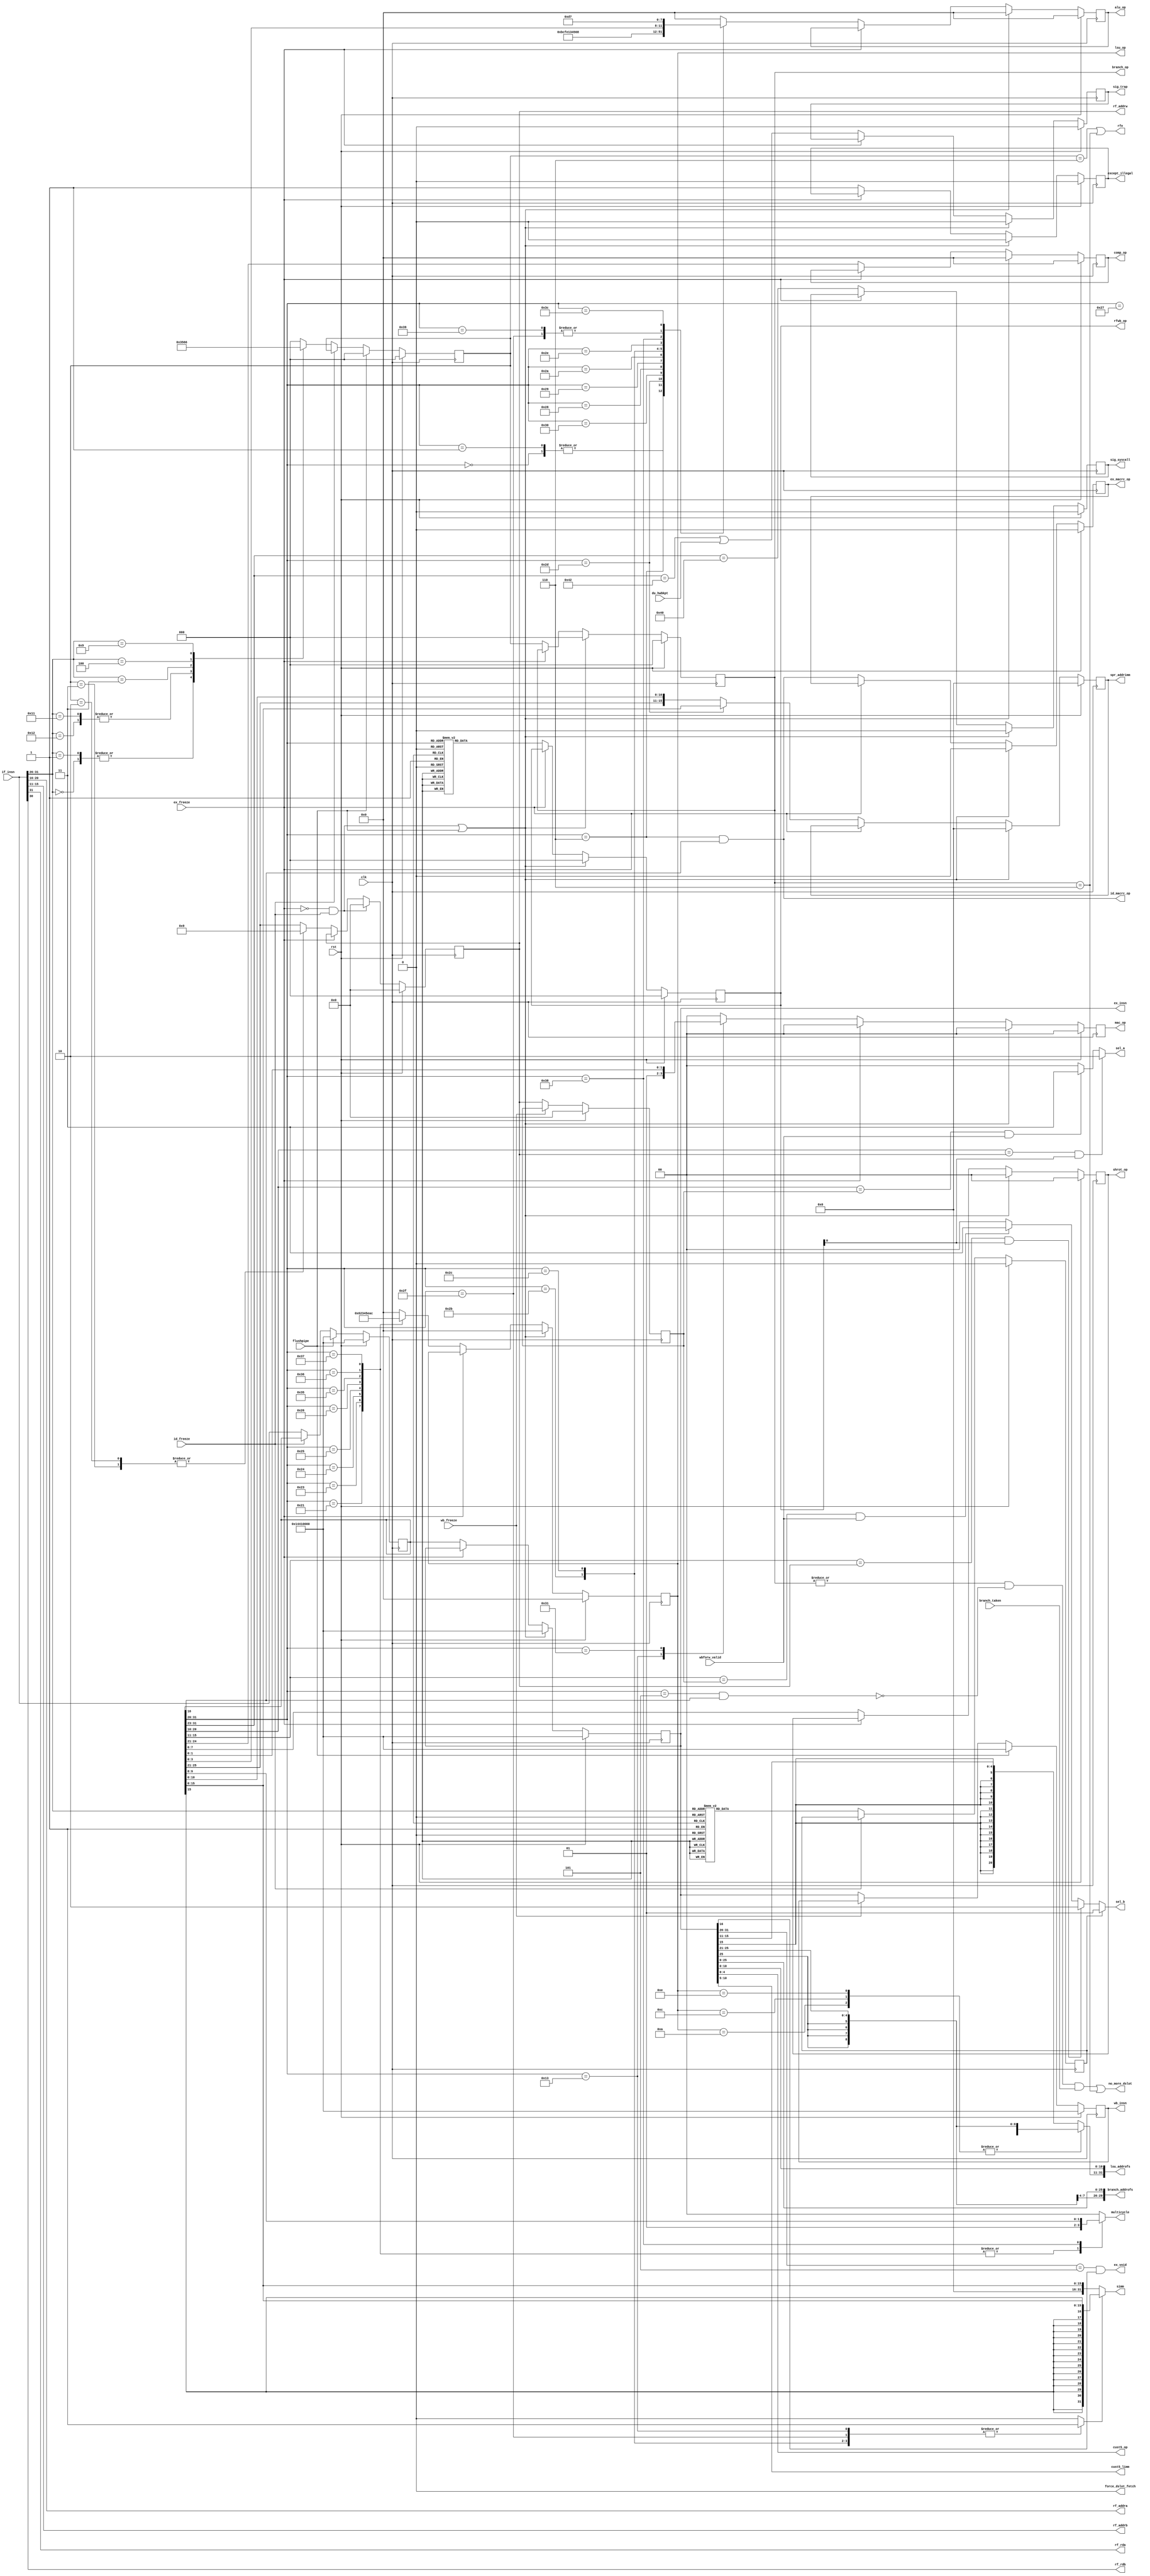
`define OR1200_DCFGR_NDP		3'h0	// Zero DVR/DCR pairs
`define OR1200_DCFGR_WPCI		1'b0	// WP counters not impl.
`define OR1200_DCFGR_RES1		28'h0000000
`define OR1200_M2R_BYTE0 4'b0000
`define OR1200_M2R_BYTE1 4'b0001
`define OR1200_M2R_BYTE2 4'b0010
`define OR1200_M2R_BYTE3 4'b0011
`define OR1200_M2R_EXTB0 4'b0100
`define OR1200_M2R_EXTB1 4'b0101
`define OR1200_M2R_EXTB2 4'b0110
`define OR1200_M2R_EXTB3 4'b0111
`define OR1200_M2R_ZERO  4'b0000
`define OR1200_ICCFGR_NCW		3'h0	// 1 cache way
`define OR1200_ICCFGR_NCS 9	// Num cache sets
`define OR1200_ICCFGR_CBS 9	// 16 byte cache block
`define OR1200_ICCFGR_CWS		1'b0	// Irrelevant
`define OR1200_ICCFGR_CCRI		1'b1	// Cache control reg impl.
`define OR1200_ICCFGR_CBIRI		1'b1	// Cache block inv reg impl.
`define OR1200_ICCFGR_CBPRI		1'b0	// Cache block prefetch reg not impl.
`define OR1200_ICCFGR_CBLRI		1'b0	// Cache block lock reg not impl.
`define OR1200_ICCFGR_CBFRI		1'b1	// Cache block flush reg impl.
`define OR1200_ICCFGR_CBWBRI		1'b0	// Irrelevant
`define OR1200_ICCFGR_RES1		17'h00000
//`define OR1200_ICCFGR_NCW_BITS		2:0
//`define OR1200_ICCFGR_NCS_BITS		6:3
`define OR1200_ICCFGR_CBS_BITS		7
`define OR1200_ICCFGR_CWS_BITS		8
`define OR1200_ICCFGR_CCRI_BITS		9
`define OR1200_ICCFGR_CBIRI_BITS	10
`define OR1200_ICCFGR_CBPRI_BITS	11
`define OR1200_ICCFGR_CBLRI_BITS	12
`define OR1200_ICCFGR_CBFRI_BITS	13
`define OR1200_ICCFGR_CBWBRI_BITS	14
//`define OR1200_ICCFGR_RES1_BITS	31:15
`define OR1200_DCCFGR_NCW		3'h0	// 1 cache way
`define OR1200_DCCFGR_NCS 9	// Num cache sets
`define OR1200_DCCFGR_CBS 9	// 16 byte cache block
`define OR1200_DCCFGR_CWS		1'b0	// Write-through strategy
`define OR1200_DCCFGR_CCRI		1'b1	// Cache control reg impl.
`define OR1200_DCCFGR_CBIRI		1'b1	// Cache block inv reg impl.
`define OR1200_DCCFGR_CBPRI		1'b0	// Cache block prefetch reg not impl.
`define OR1200_DCCFGR_CBLRI		1'b0	// Cache block lock reg not impl.
`define OR1200_DCCFGR_CBFRI		1'b1	// Cache block flush reg impl.
`define OR1200_DCCFGR_CBWBRI		1'b0	// Cache block WB reg not impl.
`define OR1200_DCCFGR_RES1		17'h00000
//`define OR1200_DCCFGR_NCW_BITS		2:0
//`define OR1200_DCCFGR_NCS_BITS		6:3
`define OR1200_DCCFGR_CBS_BITS		7
`define OR1200_DCCFGR_CWS_BITS		8
`define OR1200_DCCFGR_CCRI_BITS		9
`define OR1200_DCCFGR_CBIRI_BITS	10
`define OR1200_DCCFGR_CBPRI_BITS	11
`define OR1200_DCCFGR_CBLRI_BITS	12
`define OR1200_DCCFGR_CBFRI_BITS	13
`define OR1200_DCCFGR_CBWBRI_BITS	14
//`define OR1200_DCCFGR_RES1_BITS	31:15
`define OR1200_IMMUCFGR_NTW		2'h0	// 1 TLB way
`define OR1200_IMMUCFGR_NTS 3'b101	// Num TLB sets
`define OR1200_IMMUCFGR_NAE		3'h0	// No ATB entry
`define OR1200_IMMUCFGR_CRI		1'b0	// No control reg
`define OR1200_IMMUCFGR_PRI		1'b0	// No protection reg
`define OR1200_IMMUCFGR_TEIRI		1'b1	// TLB entry inv reg impl
`define OR1200_IMMUCFGR_HTR		1'b0	// No HW TLB reload
`define OR1200_IMMUCFGR_RES1		20'h00000
//`define OR1200_CPUCFGR_NSGF_BITS	3:0
`define OR1200_CPUCFGR_HGF_BITS	4
`define OR1200_CPUCFGR_OB32S_BITS	5
`define OR1200_CPUCFGR_OB64S_BITS	6
`define OR1200_CPUCFGR_OF32S_BITS	7
`define OR1200_CPUCFGR_OF64S_BITS	8
`define OR1200_CPUCFGR_OV64S_BITS	9
//`define OR1200_CPUCFGR_RES1_BITS	31:10
`define OR1200_CPUCFGR_NSGF		4'h0
`define OR1200_CPUCFGR_HGF		1'b0
`define OR1200_CPUCFGR_OB32S		1'b1
`define OR1200_CPUCFGR_OB64S		1'b0
`define OR1200_CPUCFGR_OF32S		1'b0
`define OR1200_CPUCFGR_OF64S		1'b0
`define OR1200_CPUCFGR_OV64S		1'b0
`define OR1200_CPUCFGR_RES1		22'h000000
`define OR1200_DMMUCFGR_NTW_BITS	1:0
`define OR1200_DMMUCFGR_NTS_BITS	4:2
`define OR1200_DMMUCFGR_NAE_BITS	7:5
`define OR1200_DMMUCFGR_CRI_BITS	8
`define OR1200_DMMUCFGR_PRI_BITS	9
`define OR1200_DMMUCFGR_TEIRI_BITS	10
`define OR1200_DMMUCFGR_HTR_BITS	11
//`define OR1200_DMMUCFGR_RES1_BITS	31:12
`define OR1200_DMMUCFGR_NTW		2'h0	// 1 TLB way
`define OR1200_DMMUCFGR_NTS 3'b110	// Num TLB sets
`define OR1200_DMMUCFGR_NAE		3'h0	// No ATB entries
`define OR1200_DMMUCFGR_CRI		1'b0	// No control register
`define OR1200_DMMUCFGR_PRI		1'b0	// No protection reg
`define OR1200_DMMUCFGR_TEIRI		1'b1	// TLB entry inv reg impl.
`define OR1200_DMMUCFGR_HTR		1'b0	// No HW TLB reload
`define OR1200_DMMUCFGR_RES1		20'h00000
`define OR1200_IMMUCFGR_NTW_BITS	1:0
`define OR1200_IMMUCFGR_NTS_BITS	4:2
`define OR1200_IMMUCFGR_NAE_BITS	7:5
`define OR1200_IMMUCFGR_CRI_BITS	8
`define OR1200_IMMUCFGR_PRI_BITS	9
`define OR1200_IMMUCFGR_TEIRI_BITS	10
`define OR1200_IMMUCFGR_HTR_BITS	11
//`define OR1200_IMMUCFGR_RES1_BITS	31:12
`define OR1200_SPRGRP_SYS_VR		4'h0
`define OR1200_SPRGRP_SYS_UPR		4'h1
`define OR1200_SPRGRP_SYS_CPUCFGR	4'h2
`define OR1200_SPRGRP_SYS_DMMUCFGR	4'h3
`define OR1200_SPRGRP_SYS_IMMUCFGR	4'h4
`define OR1200_SPRGRP_SYS_DCCFGR	4'h5
`define OR1200_SPRGRP_SYS_ICCFGR	4'h6
`define OR1200_SPRGRP_SYS_DCFGR	4'h7
`define OR1200_VR_REV_BITS		5:0
`define OR1200_VR_RES1_BITS		15:6
`define OR1200_VR_CFG_BITS		23:16
`define OR1200_VR_VER_BITS		31:24
`define OR1200_VR_REV			6'h01
`define OR1200_VR_RES1			10'h000
`define OR1200_VR_CFG			8'h00
`define OR1200_VR_VER			8'h12
`define OR1200_UPR_UP_BITS		0
`define OR1200_UPR_DCP_BITS		1
`define OR1200_UPR_ICP_BITS		2
`define OR1200_UPR_DMP_BITS		3
`define OR1200_UPR_IMP_BITS		4
`define OR1200_UPR_MP_BITS		5
`define OR1200_UPR_DUP_BITS		6
`define OR1200_UPR_PCUP_BITS		7
`define OR1200_UPR_PMP_BITS		8
`define OR1200_UPR_PICP_BITS		9
`define OR1200_UPR_TTP_BITS		10
`define OR1200_UPR_RES1_BITS		23:11
`define OR1200_UPR_CUP_BITS		31:24
`define OR1200_UPR_RES1			13'h0000
`define OR1200_UPR_CUP			8'h00
`define OR1200_DU_DSR_WIDTH 14
`define OR1200_EXCEPT_UNUSED		3'hf
`define OR1200_EXCEPT_TRAP		3'he
`define OR1200_EXCEPT_BREAK		3'hd
`define OR1200_EXCEPT_SYSCALL		3'hc
`define OR1200_EXCEPT_RANGE		3'hb
`define OR1200_EXCEPT_ITLBMISS		3'ha
`define OR1200_EXCEPT_DTLBMISS		3'h9
`define OR1200_EXCEPT_INT		3'h8
`define OR1200_EXCEPT_ILLEGAL		3'h7
`define OR1200_EXCEPT_ALIGN		3'h6
`define OR1200_EXCEPT_TICK		3'h5
`define OR1200_EXCEPT_IPF		3'h4
`define OR1200_EXCEPT_DPF		3'h3
`define OR1200_EXCEPT_BUSERR		3'h2
`define OR1200_EXCEPT_RESET		3'h1
`define OR1200_EXCEPT_NONE		3'h0
`define OR1200_OPERAND_WIDTH		32
`define OR1200_REGFILE_ADDR_WIDTH	5
`define OR1200_ALUOP_WIDTH	4
`define OR1200_ALUOP_NOP	4'b000
`define OR1200_ALUOP_ADD	4'b0000
`define OR1200_ALUOP_ADDC	4'b0001
`define OR1200_ALUOP_SUB	4'b0010
`define OR1200_ALUOP_AND	4'b0011
`define OR1200_ALUOP_OR		4'b0100
`define OR1200_ALUOP_XOR	4'b0101
`define OR1200_ALUOP_MUL	4'b0110
`define OR1200_ALUOP_CUST5	4'b0111
`define OR1200_ALUOP_SHROT	4'b1000
`define OR1200_ALUOP_DIV	4'b1001
`define OR1200_ALUOP_DIVU	4'b1010
`define OR1200_ALUOP_IMM	4'b1011
`define OR1200_ALUOP_MOVHI	4'b1100
`define OR1200_ALUOP_COMP	4'b1101
`define OR1200_ALUOP_MTSR	4'b1110
`define OR1200_ALUOP_MFSR	4'b1111
`define OR1200_ALUOP_CMOV 4'b1110
`define OR1200_ALUOP_FF1  4'b1111
`define OR1200_MACOP_WIDTH	2
`define OR1200_MACOP_NOP	2'b00
`define OR1200_MACOP_MAC	2'b01
`define OR1200_MACOP_MSB	2'b10
`define OR1200_SHROTOP_WIDTH	2
`define OR1200_SHROTOP_NOP	2'b00
`define OR1200_SHROTOP_SLL	2'b00
`define OR1200_SHROTOP_SRL	2'b01
`define OR1200_SHROTOP_SRA	2'b10
`define OR1200_SHROTOP_ROR	2'b11
`define OR1200_MULTICYCLE_WIDTH	2
`define OR1200_ONE_CYCLE		2'b00
`define OR1200_TWO_CYCLES		2'b01
`define OR1200_SEL_WIDTH		2
`define OR1200_SEL_RF			2'b00
`define OR1200_SEL_IMM			2'b01
`define OR1200_SEL_EX_FORW		2'b10
`define OR1200_SEL_WB_FORW		2'b11
`define OR1200_BRANCHOP_WIDTH		3
`define OR1200_BRANCHOP_NOP		3'b000
`define OR1200_BRANCHOP_J		3'b001
`define OR1200_BRANCHOP_JR		3'b010
`define OR1200_BRANCHOP_BAL		3'b011
`define OR1200_BRANCHOP_BF		3'b100
`define OR1200_BRANCHOP_BNF		3'b101
`define OR1200_BRANCHOP_RFE		3'b110
`define OR1200_LSUOP_WIDTH		4
`define OR1200_LSUOP_NOP		4'b0000
`define OR1200_LSUOP_LBZ		4'b0010
`define OR1200_LSUOP_LBS		4'b0011
`define OR1200_LSUOP_LHZ		4'b0100
`define OR1200_LSUOP_LHS		4'b0101
`define OR1200_LSUOP_LWZ		4'b0110
`define OR1200_LSUOP_LWS		4'b0111
`define OR1200_LSUOP_LD		4'b0001
`define OR1200_LSUOP_SD		4'b1000
`define OR1200_LSUOP_SB		4'b1010
`define OR1200_LSUOP_SH		4'b1100
`define OR1200_LSUOP_SW		4'b1110
`define OR1200_FETCHOP_WIDTH		1
`define OR1200_FETCHOP_NOP		1'b0
`define OR1200_FETCHOP_LW		1'b1
`define OR1200_RFWBOP_WIDTH		3
`define OR1200_RFWBOP_NOP		3'b000
`define OR1200_RFWBOP_ALU		3'b001
`define OR1200_RFWBOP_LSU		3'b011
`define OR1200_RFWBOP_SPRS		3'b101
`define OR1200_RFWBOP_LR		3'b111
`define OR1200_COP_SFEQ       3'b000
`define OR1200_COP_SFNE       3'b001
`define OR1200_COP_SFGT       3'b010
`define OR1200_COP_SFGE       3'b011
`define OR1200_COP_SFLT       3'b100
`define OR1200_COP_SFLE       3'b101
`define OR1200_COP_X          3'b111
`define OR1200_SIGNED_COMPARE 3'b011
`define OR1200_COMPOP_WIDTH	4
`define OR1200_ITAG_IDLE	4'h0	// idle bus
`define	OR1200_ITAG_NI		4'h1	// normal insn
`define OR1200_ITAG_BE		4'hb	// Bus error exception
`define OR1200_ITAG_PE		4'hc	// Page fault exception
`define OR1200_ITAG_TE		4'hd	// TLB miss exception
`define OR1200_DTAG_IDLE	4'h0	// idle bus
`define	OR1200_DTAG_ND		4'h1	// normal data
`define OR1200_DTAG_AE		4'ha	// Alignment exception
`define OR1200_DTAG_BE		4'hb	// Bus error exception
`define OR1200_DTAG_PE		4'hc	// Page fault exception
`define OR1200_DTAG_TE		4'hd	// TLB miss exception
`define OR1200_DU_DSR_RSTE	0
`define OR1200_DU_DSR_BUSEE	1
`define OR1200_DU_DSR_DPFE	2
`define OR1200_DU_DSR_IPFE	3
`define OR1200_DU_DSR_TTE	4
`define OR1200_DU_DSR_AE	5
`define OR1200_DU_DSR_IIE	6
`define OR1200_DU_DSR_IE	7
`define OR1200_DU_DSR_DME	8
`define OR1200_DU_DSR_IME	9
`define OR1200_DU_DSR_RE	10
`define OR1200_DU_DSR_SCE	11
`define OR1200_DU_DSR_BE	12
`define OR1200_DU_DSR_TE	13
//`define OR1200_SHROTOP_POS		7:6
//`define OR1200_ALUMCYC_POS		9:8
`define OR1200_OR32_J                 6'b000000
`define OR1200_OR32_JAL               6'b000001
`define OR1200_OR32_BNF               6'b000011
`define OR1200_OR32_BF                6'b000100
`define OR1200_OR32_NOP               6'b000101
`define OR1200_OR32_MOVHI             6'b000110
`define OR1200_OR32_XSYNC             6'b001000
`define OR1200_OR32_RFE               6'b001001
`define OR1200_OR32_JR                6'b010001
`define OR1200_OR32_JALR              6'b010010
`define OR1200_OR32_MACI              6'b010011
`define OR1200_OR32_LWZ               6'b100001
`define OR1200_OR32_LBZ               6'b100011
`define OR1200_OR32_LBS               6'b100100
`define OR1200_OR32_LHZ               6'b100101
`define OR1200_OR32_LHS               6'b100110
`define OR1200_OR32_ADDI              6'b100111
`define OR1200_OR32_ADDIC             6'b101000
`define OR1200_OR32_ANDI              6'b101001
`define OR1200_OR32_ORI               6'b101010
`define OR1200_OR32_XORI              6'b101011
`define OR1200_OR32_MULI              6'b101100
`define OR1200_OR32_MFSPR             6'b101101
`define OR1200_OR32_SH_ROTI 	      6'b101110
`define OR1200_OR32_SFXXI             6'b101111
`define OR1200_OR32_MTSPR             6'b110000
`define OR1200_OR32_MACMSB            6'b110001
`define OR1200_OR32_SW                6'b110101
`define OR1200_OR32_SB                6'b110110
`define OR1200_OR32_SH                6'b110111
`define OR1200_OR32_ALU               6'b111000
`define OR1200_OR32_SFXX              6'b111001
`define OR1200_OR32_CUST5             6'b111100
`define OR1200_EXCEPT_EPH0_P 20'h00000
`define OR1200_EXCEPT_EPH1_P 20'hF0000
`define OR1200_EXCEPT_V		   8'h00
`define OR1200_EXCEPT_WIDTH 4
`define OR1200_SPR_GROUP_SYS	5'b00000
`define OR1200_SPR_GROUP_DMMU	5'b00001
`define OR1200_SPR_GROUP_IMMU	5'b00010
`define OR1200_SPR_GROUP_DC	5'b00011
`define OR1200_SPR_GROUP_IC	5'b00100
`define OR1200_SPR_GROUP_MAC	5'b00101
`define OR1200_SPR_GROUP_DU	5'b00110
`define OR1200_SPR_GROUP_PM	5'b01000
`define OR1200_SPR_GROUP_PIC	5'b01001
`define OR1200_SPR_GROUP_TT	5'b01010
`define OR1200_SPR_CFGR		7'b0000000
`define OR1200_SPR_RF		6'b100000	// 1024 >> 5
`define OR1200_SPR_NPC		11'b00000010000
`define OR1200_SPR_SR		11'b00000010001
`define OR1200_SPR_PPC		11'b00000010010
`define OR1200_SPR_EPCR		11'b00000100000
`define OR1200_SPR_EEAR		11'b00000110000
`define OR1200_SPR_ESR		11'b00001000000
`define OR1200_SR_WIDTH 16
`define OR1200_SR_SM   0
`define OR1200_SR_TEE  1
`define OR1200_SR_IEE  2
`define OR1200_SR_DCE  3
`define OR1200_SR_ICE  4
`define OR1200_SR_DME  5
`define OR1200_SR_IME  6
`define OR1200_SR_LEE  7
`define OR1200_SR_CE   8
`define OR1200_SR_F    9
`define OR1200_SR_CY   10	// Unused
`define OR1200_SR_OV   11	// Unused
`define OR1200_SR_OVE  12	// Unused
`define OR1200_SR_DSX  13	// Unused
`define OR1200_SR_EPH  14
`define OR1200_SR_FO   15
`define OR1200_SR_EPH_DEF	1'b0
`define OR1200_PM_PMR_DME 4
`define OR1200_PM_PMR_SME 5
`define OR1200_PM_PMR_DCGE 6
`define OR1200_PM_OFS_PMR 11'b0
`define OR1200_SPRGRP_PM 5'b01000
`define OR1200_PIC_INTS 20
`define OR1200_PIC_OFS_PICMR 2'b00
`define OR1200_PIC_OFS_PICSR 2'b10
`define OR1200_TT_OFS_TTMR 1'b0
`define OR1200_TT_OFS_TTCR 1'b1
`define OR1200_TTOFS_BITS 0
`define OR1200_TT_TTMR_IP 28
`define OR1200_TT_TTMR_IE 29
`define OR1200_MAC_ADDR		0	// MACLO 0xxxxxxxx1, MACHI 0xxxxxxxx0
`define OR1200_MAC_SHIFTBY	0	// 0 = According to arch manual, 28 = obsolete backward compatibility
`define OR1200_DTLB_TM_ADDR	7
`define	OR1200_DTLBMR_V_BITS	0
`define	OR1200_DTLBTR_CC_BITS	0
`define	OR1200_DTLBTR_CI_BITS	1
`define	OR1200_DTLBTR_WBC_BITS	2
`define	OR1200_DTLBTR_WOM_BITS	3
`define	OR1200_DTLBTR_A_BITS	4
`define	OR1200_DTLBTR_D_BITS	5
`define	OR1200_DTLBTR_URE_BITS	6
`define	OR1200_DTLBTR_UWE_BITS	7
`define	OR1200_DTLBTR_SRE_BITS	8
`define	OR1200_DTLBTR_SWE_BITS	9
`define	OR1200_DMMU_PS		13					// 13 for 8KB page size
`define	OR1200_DTLB_INDXW	6							// +5 because of protection bits and CI
`define OR1200_ITLB_TM_ADDR	7
`define	OR1200_ITLBMR_V_BITS	0
`define	OR1200_ITLBTR_CC_BITS	0
`define	OR1200_ITLBTR_CI_BITS	1
`define	OR1200_ITLBTR_WBC_BITS	2
`define	OR1200_ITLBTR_WOM_BITS	3
`define	OR1200_ITLBTR_A_BITS	4
`define	OR1200_ITLBTR_D_BITS	5
`define	OR1200_ITLBTR_SXE_BITS	6
`define	OR1200_ITLBTR_UXE_BITS	7
`define	OR1200_IMMU_PS 13					
`define	OR1200_ITLB_INDXW	6			
`define OR1200_IMMU_CI			1'b0
`define OR1200_ICLS		4
`define OR1200_DCLS		4
// `define OR1200_DC_STORE_REFILL
`define OR1200_DCSIZE			12			// 4096
`define	OR1200_DCTAG_W			21
//`define OR1200_SB_IMPLEMENTED
`define OR1200_SB_LOG		2	// 2 or 3
`define OR1200_SB_ENTRIES	4	// 4 or 8
`define OR1200_QMEM_IADDR	32'h00800000
`define OR1200_QMEM_IMASK	32'hfff00000	// Max QMEM size 1MB
`define OR1200_QMEM_DADDR  32'h00800000
`define OR1200_QMEM_DMASK  32'hfff00000 // Max QMEM size 1MB
//`define OR1200_QMEM_BSEL
//`define OR1200_QMEM_ACK
`define OR1200_SPRGRP_SYS_VR		4'h0
`define OR1200_SPRGRP_SYS_UPR		4'h1
`define OR1200_SPRGRP_SYS_CPUCFGR	4'h2
`define OR1200_SPRGRP_SYS_DMMUCFGR	4'h3
`define OR1200_SPRGRP_SYS_IMMUCFGR	4'h4
`define OR1200_SPRGRP_SYS_DCCFGR	4'h5
`define OR1200_SPRGRP_SYS_ICCFGR	4'h6
`define OR1200_SPRGRP_SYS_DCFGR	4'h7
`define OR1200_VR_REV			6'h01
`define OR1200_VR_RES1			10'h000
`define OR1200_VR_CFG			8'h00
`define OR1200_VR_VER			8'h12
`define OR1200_UPR_UP			1'b1
`define OR1200_UPR_DCP			1'b1
`define OR1200_UPR_ICP			1'b1
`define OR1200_UPR_DMP			1'b1
`define OR1200_UPR_IMP			1'b1
`define OR1200_UPR_MP			1'b1	// MAC always present
`define OR1200_UPR_DUP			1'b1
`define OR1200_UPR_PCUP			1'b0	// Performance counters not present
`define OR1200_UPR_PMP			1'b1
`define OR1200_UPR_PICP			1'b1
`define OR1200_UPR_TTP			1'b1
`define OR1200_UPR_RES1			13'h0000
`define OR1200_UPR_CUP			8'h00
`define OR1200_CPUCFGR_HGF_BITS	4
`define OR1200_CPUCFGR_OB32S_BITS	5
`define OR1200_CPUCFGR_OB64S_BITS	6
`define OR1200_CPUCFGR_OF32S_BITS	7
`define OR1200_CPUCFGR_OF64S_BITS	8
`define OR1200_CPUCFGR_OV64S_BITS	9
`define OR1200_CPUCFGR_NSGF		4'h0
`define OR1200_CPUCFGR_HGF		1'b0
`define OR1200_CPUCFGR_OB32S		1'b1
`define OR1200_CPUCFGR_OB64S		1'b0
`define OR1200_CPUCFGR_OF32S		1'b0
`define OR1200_CPUCFGR_OF64S		1'b0
`define OR1200_CPUCFGR_OV64S		1'b0
`define OR1200_CPUCFGR_RES1		22'h000000
`define OR1200_DMMUCFGR_CRI_BITS	8
`define OR1200_DMMUCFGR_PRI_BITS	9
`define OR1200_DMMUCFGR_TEIRI_BITS	10
`define OR1200_DMMUCFGR_HTR_BITS	11
`define OR1200_DMMUCFGR_NTW		2'h0	// 1 TLB way
`define OR1200_DMMUCFGR_NAE		3'h0	// No ATB entries
`define OR1200_DMMUCFGR_CRI		1'b0	// No control register
`define OR1200_DMMUCFGR_PRI		1'b0	// No protection reg
`define OR1200_DMMUCFGR_TEIRI		1'b1	// TLB entry inv reg impl.
`define OR1200_DMMUCFGR_HTR		1'b0	// No HW TLB reload
`define OR1200_DMMUCFGR_RES1		20'h00000
`define OR1200_IMMUCFGR_CRI_BITS	8
`define OR1200_IMMUCFGR_PRI_BITS	9
`define OR1200_IMMUCFGR_TEIRI_BITS	10
`define OR1200_IMMUCFGR_HTR_BITS	11
`define OR1200_IMMUCFGR_NTW		2'h0	// 1 TLB way
`define OR1200_IMMUCFGR_NAE		3'h0	// No ATB entry
`define OR1200_IMMUCFGR_CRI		1'b0	// No control reg
`define OR1200_IMMUCFGR_PRI		1'b0	// No protection reg
`define OR1200_IMMUCFGR_TEIRI		1'b1	// TLB entry inv reg impl
`define OR1200_IMMUCFGR_HTR		1'b0	// No HW TLB reload
`define OR1200_IMMUCFGR_RES1		20'h00000
`define OR1200_DCCFGR_CBS_BITS		7
`define OR1200_DCCFGR_CWS_BITS		8
`define OR1200_DCCFGR_CCRI_BITS		9
`define OR1200_DCCFGR_CBIRI_BITS	10
`define OR1200_DCCFGR_CBPRI_BITS	11
`define OR1200_DCCFGR_CBLRI_BITS	12
`define OR1200_DCCFGR_CBFRI_BITS	13
`define OR1200_DCCFGR_CBWBRI_BITS	14
`define OR1200_DCCFGR_NCW		3'h0	// 1 cache way
`define OR1200_DCCFGR_CWS		1'b0	// Write-through strategy
`define OR1200_DCCFGR_CCRI		1'b1	// Cache control reg impl.
`define OR1200_DCCFGR_CBIRI		1'b1	// Cache block inv reg impl.
`define OR1200_DCCFGR_CBPRI		1'b0	// Cache block prefetch reg not impl.
`define OR1200_DCCFGR_CBLRI		1'b0	// Cache block lock reg not impl.
`define OR1200_DCCFGR_CBFRI		1'b1	// Cache block flush reg impl.
`define OR1200_DCCFGR_CBWBRI		1'b0	// Cache block WB reg not impl.
`define OR1200_DCCFGR_RES1		17'h00000
`define OR1200_ICCFGR_CBS_BITS		7
`define OR1200_ICCFGR_CWS_BITS		8
`define OR1200_ICCFGR_CCRI_BITS		9
`define OR1200_ICCFGR_CBIRI_BITS	10
`define OR1200_ICCFGR_CBPRI_BITS	11
`define OR1200_ICCFGR_CBLRI_BITS	12
`define OR1200_ICCFGR_CBFRI_BITS	13
`define OR1200_ICCFGR_CBWBRI_BITS	14
`define OR1200_ICCFGR_NCW		3'h0	// 1 cache way
`define OR1200_ICCFGR_CWS		1'b0	// Irrelevant
`define OR1200_ICCFGR_CCRI		1'b1	// Cache control reg impl.
`define OR1200_ICCFGR_CBIRI		1'b1	// Cache block inv reg impl.
`define OR1200_ICCFGR_CBPRI		1'b0	// Cache block prefetch reg not impl.
`define OR1200_ICCFGR_CBLRI		1'b0	// Cache block lock reg not impl.
`define OR1200_ICCFGR_CBFRI		1'b1	// Cache block flush reg impl.
`define OR1200_ICCFGR_CBWBRI		1'b0	// Irrelevant
`define OR1200_ICCFGR_RES1		17'h00000
`define OR1200_DCFGR_WPCI_BITS		3
`define OR1200_DCFGR_NDP		3'h0	// Zero DVR/DCR pairs
`define OR1200_DCFGR_WPCI		1'b0	// WP counters not impl.
`define OR1200_DCFGR_RES1		28'h0000000
`define SIMULATION_MEMORY
`define OR1200_ITAG_IDLE	4'h0	// idle bus
`define	OR1200_ITAG_NI		4'h1	// normal insn
`define OR1200_ITAG_BE		4'hb	// Bus error exception
`define OR1200_ITAG_PE		4'hc	// Page fault exception
`define OR1200_ITAG_TE		4'hd	// TLB miss exception
`define OR1200_BRANCHOP_WIDTH		3
`define OR1200_BRANCHOP_NOP		3'b000
`define OR1200_BRANCHOP_J		3'b001
`define OR1200_BRANCHOP_JR		3'b010
`define OR1200_BRANCHOP_BAL		3'b011
`define OR1200_BRANCHOP_BF		3'b100
`define OR1200_BRANCHOP_BNF		3'b101
`define OR1200_BRANCHOP_RFE		3'b110
`define OR1200_EXCEPT_WIDTH 4
`define OR1200_EXCEPT_EPH0_P 20'h00000
`define OR1200_EXCEPT_EPH1_P 20'hF0000
`define OR1200_EXCEPT_V		   8'h00
`define OR1200_ITAG_IDLE	4'h0	// idle bus
`define	OR1200_ITAG_NI		4'h1	// normal insn
`define OR1200_ITAG_BE		4'hb	// Bus error exception
`define OR1200_ITAG_PE		4'hc	// Page fault exception
`define OR1200_ITAG_TE		4'hd	// TLB miss exception
`define OR1200_OR32_J                 6'b000000
`define OR1200_OR32_JAL               6'b000001
`define OR1200_OR32_BNF               6'b000011
`define OR1200_OR32_BF                6'b000100
`define OR1200_OR32_NOP               6'b000101
`define OR1200_OR32_MOVHI             6'b000110
`define OR1200_OR32_XSYNC             6'b001000
`define OR1200_OR32_RFE               6'b001001
`define OR1200_OR32_JR                6'b010001
`define OR1200_OR32_JALR              6'b010010
`define OR1200_OR32_MACI              6'b010011
`define OR1200_OR32_LWZ               6'b100001
`define OR1200_OR32_LBZ               6'b100011
`define OR1200_OR32_LBS               6'b100100
`define OR1200_OR32_LHZ               6'b100101
`define OR1200_OR32_LHS               6'b100110
`define OR1200_OR32_ADDI              6'b100111
`define OR1200_OR32_ADDIC             6'b101000
`define OR1200_OR32_ANDI              6'b101001
`define OR1200_OR32_ORI               6'b101010
`define OR1200_OR32_XORI              6'b101011
`define OR1200_OR32_MULI              6'b101100
`define OR1200_OR32_MFSPR             6'b101101
`define OR1200_OR32_SH_ROTI 	      6'b101110
`define OR1200_OR32_SFXXI             6'b101111
`define OR1200_OR32_MTSPR             6'b110000
`define OR1200_OR32_MACMSB            6'b110001
`define OR1200_OR32_SW                6'b110101
`define OR1200_OR32_SB                6'b110110
`define OR1200_OR32_SH                6'b110111
`define OR1200_OR32_ALU               6'b111000
`define OR1200_OR32_SFXX              6'b111001
//`define OR1200_OR32_CUST5             6'b111100
`define OR1200_NO_FREEZE	3'b000
`define OR1200_FREEZE_BYDC	3'b001
`define OR1200_FREEZE_BYMULTICYCLE	3'b010
`define OR1200_WAIT_LSU_TO_FINISH	3'b011
`define OR1200_WAIT_IC			3'b100
`define OR1200_EXCEPTFSM_WIDTH 3
`define OR1200_EXCEPTFSM_IDLE	3'b000
`define OR1200_EXCEPTFSM_FLU1 	3'b001
`define OR1200_EXCEPTFSM_FLU2 	3'b010
`define OR1200_EXCEPTFSM_FLU3 	3'b011
`define OR1200_EXCEPTFSM_FLU5 	3'b101
`define OR1200_EXCEPTFSM_FLU4 	3'b100

module or1200_ctrl(
	// Clock and reset
	clk, rst,

	// Internal i/f
	id_freeze, ex_freeze, wb_freeze, flushpipe, if_insn, ex_insn, branch_op, branch_taken,
	rf_addra, rf_addrb, rf_rda, rf_rdb, alu_op, mac_op, shrot_op, comp_op, rf_addrw, rfwb_op,
	wb_insn, simm, branch_addrofs, lsu_addrofs, sel_a, sel_b, lsu_op,
	cust5_op, cust5_limm,
	multicycle, spr_addrimm, wbforw_valid, sig_syscall, sig_trap,
	force_dslot_fetch, no_more_dslot, ex_void, id_macrc_op, ex_macrc_op, rfe,du_hwbkpt, except_illegal
);

//
// I/O
//
input					clk;
input					rst;
input					id_freeze;
input					ex_freeze;
input					wb_freeze;
input					flushpipe;
input	[31:0]				if_insn;
output	[31:0]				ex_insn;
output	[`OR1200_BRANCHOP_WIDTH-1:0]		branch_op;
input						branch_taken;
output	[`OR1200_REGFILE_ADDR_WIDTH-1:0]	rf_addrw;
output	[`OR1200_REGFILE_ADDR_WIDTH-1:0]	rf_addra;
output	[`OR1200_REGFILE_ADDR_WIDTH-1:0]	rf_addrb;
output					rf_rda;
output					rf_rdb;
output	[`OR1200_ALUOP_WIDTH-1:0]		alu_op;
output	[`OR1200_MACOP_WIDTH-1:0]		mac_op;
output	[`OR1200_SHROTOP_WIDTH-1:0]		shrot_op;
output	[`OR1200_RFWBOP_WIDTH-1:0]		rfwb_op;
output	[31:0]				wb_insn;
output	[31:0]				simm;
output	[31:2]				branch_addrofs;
output	[31:0]				lsu_addrofs;
output	[`OR1200_SEL_WIDTH-1:0]		sel_a;
output	[`OR1200_SEL_WIDTH-1:0]		sel_b;
output	[`OR1200_LSUOP_WIDTH-1:0]		lsu_op;
output	[`OR1200_COMPOP_WIDTH-1:0]		comp_op;
output	[`OR1200_MULTICYCLE_WIDTH-1:0]		multicycle;
output	[4:0]				cust5_op;
output	[5:0]				cust5_limm;
output	[15:0]				spr_addrimm;
input					wbforw_valid;
input					du_hwbkpt;
output					sig_syscall;
output					sig_trap;
output					force_dslot_fetch;
output					no_more_dslot;
output					ex_void;
output					id_macrc_op;
output					ex_macrc_op;
output					rfe;
output					except_illegal;

//
// Internal wires and regs
//
reg	[`OR1200_BRANCHOP_WIDTH-1:0]		pre_branch_op;
reg	[`OR1200_BRANCHOP_WIDTH-1:0]		branch_op;
reg	[`OR1200_ALUOP_WIDTH-1:0]		alu_op;

reg	[`OR1200_MACOP_WIDTH-1:0]		mac_op;
reg					ex_macrc_op;

reg	[`OR1200_SHROTOP_WIDTH-1:0]		shrot_op;
reg	[31:0]				id_insn;
reg	[31:0]				ex_insn;
reg	[31:0]				wb_insn;
reg	[`OR1200_REGFILE_ADDR_WIDTH-1:0]	rf_addrw;
reg	[`OR1200_REGFILE_ADDR_WIDTH-1:0]	wb_rfaddrw;
reg	[`OR1200_RFWBOP_WIDTH-1:0]		rfwb_op;
reg	[31:0]				lsu_addrofs;
reg	[`OR1200_SEL_WIDTH-1:0]		sel_a;
reg	[`OR1200_SEL_WIDTH-1:0]		sel_b;
reg					sel_imm;
reg	[`OR1200_LSUOP_WIDTH-1:0]		lsu_op;
reg	[`OR1200_COMPOP_WIDTH-1:0]		comp_op;
reg	[`OR1200_MULTICYCLE_WIDTH-1:0]		multicycle;
reg					imm_signextend;
reg	[15:0]				spr_addrimm;
reg					sig_syscall;
reg					sig_trap;
reg					except_illegal;
wire					id_void;

//
// Register file read addresses
//
assign rf_addra = if_insn[20:16];
assign rf_addrb = if_insn[15:11];
assign rf_rda = if_insn[31];
assign rf_rdb = if_insn[30];

//
// Force fetch of delay slot instruction when jump/branch is preceeded by load/store
// instructions
//
// SIMON
// assign force_dslot_fetch = ((|pre_branch_op) & (|lsu_op));
assign force_dslot_fetch = 1'b0;
assign no_more_dslot = |branch_op & !id_void & branch_taken | (branch_op == `OR1200_BRANCHOP_RFE);
assign id_void = (id_insn[31:26] == `OR1200_OR32_NOP) & id_insn[16];
assign ex_void = (ex_insn[31:26] == `OR1200_OR32_NOP) & ex_insn[16];

//
// Sign/Zero extension of immediates
//
assign simm = (imm_signextend == 1'b1) ? {{id_insn[15]},{id_insn[15]},{id_insn[15]},{id_insn[15]},{id_insn[15]},{id_insn[15]},{id_insn[15]},{id_insn[15]},{id_insn[15]},{id_insn[15]},{id_insn[15]},{id_insn[15]},{id_insn[15]},{id_insn[15]},{id_insn[15]},{id_insn[15]}, id_insn[15:0]} : {{16'b0}, id_insn[15:0]};

//
// Sign extension of branch offset
//
assign branch_addrofs = {{ex_insn[25]},{ex_insn[25]},{ex_insn[25]},{ex_insn[25]},{ex_insn[25]}, ex_insn[25:0]};

//
// l.macrc in ID stage
//

assign id_macrc_op = (id_insn[31:26] == `OR1200_OR32_MOVHI) & id_insn[16];

//
// cust5_op, cust5_limm (L immediate)
//
assign cust5_op = ex_insn[4:0];
assign cust5_limm = ex_insn[10:5];

//
//
//
assign rfe = (pre_branch_op == `OR1200_BRANCHOP_RFE) | (branch_op == `OR1200_BRANCHOP_RFE);

//
// Generation of sel_a
//
always @(rf_addrw or id_insn or rfwb_op or wbforw_valid or wb_rfaddrw)
	if ((id_insn[20:16] == rf_addrw) && rfwb_op[0])
		sel_a = `OR1200_SEL_EX_FORW;
	else if ((id_insn[20:16] == wb_rfaddrw) && wbforw_valid)
		sel_a = `OR1200_SEL_WB_FORW;
	else
		sel_a = `OR1200_SEL_RF;

//
// Generation of sel_b
//
always @(rf_addrw or sel_imm or id_insn or rfwb_op or wbforw_valid or wb_rfaddrw)
	if (sel_imm)
		sel_b = `OR1200_SEL_IMM;
	else if ((id_insn[15:11] == rf_addrw) && rfwb_op[0])
		sel_b = `OR1200_SEL_EX_FORW;
	else if ((id_insn[15:11] == wb_rfaddrw) && wbforw_valid)
		sel_b = `OR1200_SEL_WB_FORW;
	else
		sel_b = `OR1200_SEL_RF;

//
// l.macrc in EX stage
//

always @(posedge clk ) begin
	if (rst)
		ex_macrc_op <=  1'b0;
	else if (!ex_freeze & id_freeze | flushpipe)
		ex_macrc_op <=  1'b0;
	else if (!ex_freeze)
		ex_macrc_op <=  id_macrc_op;
end
//
// Decode of spr_addrimm
//
always @(posedge clk ) begin
	if (rst)
		spr_addrimm <=  16'h0000;
	else if (!ex_freeze & id_freeze | flushpipe)
		spr_addrimm <=  16'h0000;
	else if (!ex_freeze) begin
		case (id_insn[31:26])	// synopsys parallel_case
			// l.mfspr
			`OR1200_OR32_MFSPR: 
				spr_addrimm <=  id_insn[15:0];
			// l.mtspr
			default:
				spr_addrimm <=  {id_insn[25:21], id_insn[10:0]};
		endcase
	end
end

//
// Decode of multicycle
//
always @(id_insn) begin
  case (id_insn[31:26])		// synopsys parallel_case

    // l.lwz
    `OR1200_OR32_LWZ:
      multicycle = `OR1200_TWO_CYCLES;
    
    // l.lbz
    `OR1200_OR32_LBZ:
      multicycle = `OR1200_TWO_CYCLES;
    
    // l.lbs
    `OR1200_OR32_LBS:
      multicycle = `OR1200_TWO_CYCLES;
    
    // l.lhz
    `OR1200_OR32_LHZ:
      multicycle = `OR1200_TWO_CYCLES;
    
    // l.lhs
    `OR1200_OR32_LHS:
      multicycle = `OR1200_TWO_CYCLES;
    
    // l.sw
    `OR1200_OR32_SW:
      multicycle = `OR1200_TWO_CYCLES;
    
    // l.sb
    `OR1200_OR32_SB:
      multicycle = `OR1200_TWO_CYCLES;
    
    // l.sh
    `OR1200_OR32_SH:
      multicycle = `OR1200_TWO_CYCLES;

    // ALU instructions except the one with immediate
    `OR1200_OR32_ALU:
      multicycle = id_insn[9:8];
    
    // Single cycle instructions
    default: begin
      multicycle = `OR1200_ONE_CYCLE;
    end
    
  endcase
  
end

//
// Decode of imm_signextend
//
always @(id_insn) begin
  case (id_insn[31:26])		// synopsys parallel_case

	// l.addi
	`OR1200_OR32_ADDI:
		imm_signextend = 1'b1;

	// l.addic
	`OR1200_OR32_ADDIC:
		imm_signextend = 1'b1;

	// l.xori
	`OR1200_OR32_XORI:
		imm_signextend = 1'b1;

	// l.muli

	`OR1200_OR32_MULI:
		imm_signextend = 1'b1;


	// l.maci

	`OR1200_OR32_MACI:
		imm_signextend = 1'b1;


	// SFXX insns with immediate
	`OR1200_OR32_SFXXI:
		imm_signextend = 1'b1;

	// Instructions with no or zero extended immediate
	default: begin
		imm_signextend = 1'b0;
	end

endcase

end

//
// LSU addr offset
//
always @(lsu_op or ex_insn) begin
	lsu_addrofs[10:0] = ex_insn[10:0];
	case(lsu_op)	// synopsys parallel_case
		`OR1200_LSUOP_SB : 
			lsu_addrofs[31:11] = {{{ex_insn[25]}},{{ex_insn[25]}},{{ex_insn[25]}},{{ex_insn[25]}},{{ex_insn[25]}},{{ex_insn[25]}},{{ex_insn[25]}},{{ex_insn[25]}},{{ex_insn[25]}},{{ex_insn[25]}},{{ex_insn[25]}},{{ex_insn[25]}},{{ex_insn[25]}},{{ex_insn[25]}},{{ex_insn[25]}}, ex_insn[25:21]};
			`OR1200_LSUOP_SH : 
			lsu_addrofs[31:11] = {{{ex_insn[25]}},{{ex_insn[25]}},{{ex_insn[25]}},{{ex_insn[25]}},{{ex_insn[25]}},{{ex_insn[25]}},{{ex_insn[25]}},{{ex_insn[25]}},{{ex_insn[25]}},{{ex_insn[25]}},{{ex_insn[25]}},{{ex_insn[25]}},{{ex_insn[25]}},{{ex_insn[25]}},{{ex_insn[25]}}, ex_insn[25:21]};
		
		`OR1200_LSUOP_SW : 
			lsu_addrofs[31:11] = {{{ex_insn[25]}},{{ex_insn[25]}},{{ex_insn[25]}},{{ex_insn[25]}},{{ex_insn[25]}},{{ex_insn[25]}},{{ex_insn[25]}},{{ex_insn[25]}},{{ex_insn[25]}},{{ex_insn[25]}},{{ex_insn[25]}},{{ex_insn[25]}},{{ex_insn[25]}},{{ex_insn[25]}},{{ex_insn[25]}}, ex_insn[25:21]};
		
		default : 
			lsu_addrofs[31:11] = {{{ex_insn[15]}},{{ex_insn[15]}},{{ex_insn[15]}},{{ex_insn[15]}},{{ex_insn[15]}},{{ex_insn[15]}},{{ex_insn[15]}},{{ex_insn[15]}},{{ex_insn[15]}},{{ex_insn[15]}},{{ex_insn[15]}},{{ex_insn[15]}},{{ex_insn[15]}},{{ex_insn[15]}},{{ex_insn[15]}},{{ex_insn[15]}}, ex_insn[15:11]};
	endcase
end

//
// Register file write address
//
always @(posedge clk) begin
	if (rst)
		rf_addrw <=  5'b00000;
	else if (!ex_freeze & id_freeze)
		rf_addrw <=  5'b00000;
	else if (!ex_freeze)
		case (pre_branch_op)	// synopsys parallel_case
`OR1200_BRANCHOP_BAL:
				rf_addrw <=  5'b01001;	// link register r9
				`OR1200_BRANCHOP_JR:
				rf_addrw <=  5'b01001;
			default:
				rf_addrw <=  id_insn[25:21];
		endcase
end

//
// rf_addrw in wb stage (used in forwarding logic)
//
always @(posedge clk ) begin
	if (rst)
		wb_rfaddrw <=  5'b00000;
	else if (!wb_freeze)
		wb_rfaddrw <=  rf_addrw;
end

//
// Instruction latch in id_insn
//
always @(posedge clk ) begin
	if (rst)
		id_insn <=  {`OR1200_OR32_NOP, 26'h0410000};
        else if (flushpipe)
                id_insn <=  {`OR1200_OR32_NOP, 26'h0410000};        // id_insn[16] must be 1
	else if (!id_freeze) begin
		id_insn <=  if_insn;

	end
end

//
// Instruction latch in ex_insn
//
always @(posedge clk ) begin
	if (rst)
		ex_insn <=  {`OR1200_OR32_NOP, 26'h0410000};
	else if (!ex_freeze & id_freeze | flushpipe)
		ex_insn <=  {`OR1200_OR32_NOP, 26'h0410000};	// ex_insn[16] must be 1
	else if (!ex_freeze) begin
		ex_insn <=  id_insn;
	end
end

//
// Instruction latch in wb_insn
//
always @(posedge clk ) begin
	if (rst)
		wb_insn <=  {`OR1200_OR32_NOP, 26'h0410000};
	else if (flushpipe)
		wb_insn <=  {`OR1200_OR32_NOP, 26'h0410000};	// wb_insn[16] must be 1
	else if (!wb_freeze) begin
		wb_insn <=  ex_insn;
	end
end

//
// Decode of sel_imm
//
always @(posedge clk ) begin
	if (rst)
		sel_imm <=  1'b0;
	else if (!id_freeze) begin
	  case (if_insn[31:26])		// synopsys parallel_case

	    // j.jalr
	    `OR1200_OR32_JALR:
	      sel_imm <=  1'b0;
	    
	    // l.jr
	    `OR1200_OR32_JR:
	      sel_imm <=  1'b0;
	    
	    // l.rfe
	    `OR1200_OR32_RFE:
	      sel_imm <=  1'b0;
	    
	    // l.mfspr
	    `OR1200_OR32_MFSPR:
	      sel_imm <=  1'b0;
	    
	    // l.mtspr
	    `OR1200_OR32_MTSPR:
	      sel_imm <=  1'b0;
	    
	    // l.sys, l.brk and all three sync insns
	    `OR1200_OR32_XSYNC:
	      sel_imm <=  1'b0;
	    
	    // l.mac/l.msb

	    `OR1200_OR32_MACMSB:
	      sel_imm <=  1'b0;

	    // l.sw
	    `OR1200_OR32_SW:
	      sel_imm <=  1'b0;
	    
	    // l.sb
	    `OR1200_OR32_SB:
	      sel_imm <=  1'b0;
	    
	    // l.sh
	    `OR1200_OR32_SH:
	      sel_imm <=  1'b0;
	    
	    // ALU instructions except the one with immediate
	    `OR1200_OR32_ALU:
	      sel_imm <=  1'b0;
	    
	    // SFXX instructions
	    `OR1200_OR32_SFXX:
	      sel_imm <=  1'b0;


	    // l.cust5 instructions
	    `OR1200_OR32_CUST5:
	      sel_imm <=  1'b0;

	    
	    // l.nop
	    `OR1200_OR32_NOP:
	      sel_imm <=  1'b0;

	    // All instructions with immediates
	    default: begin
	      sel_imm <=  1'b1;
	    end
	    
	  endcase
	  
	end
end

//
// Decode of except_illegal
//
always @(posedge clk ) begin
	if (rst)
		except_illegal <=  1'b0;
	else if (!ex_freeze & id_freeze | flushpipe)
		except_illegal <=  1'b0;
	else if (!ex_freeze) begin
	      except_illegal <=  1'b1;
	end
end

//
// Decode of alu_op
//
always @(posedge clk ) begin
	if (rst)
		alu_op <=  `OR1200_ALUOP_NOP;
	else if (!ex_freeze & id_freeze | flushpipe)
		alu_op <=  `OR1200_ALUOP_NOP;
	else if (!ex_freeze) begin
	  case (id_insn[31:26])		// synopsys parallel_case
	    
	    // l.j
	    `OR1200_OR32_J:
	      alu_op <=  `OR1200_ALUOP_IMM;
	    
	    // j.jal
	    `OR1200_OR32_JAL:
	      alu_op <=  `OR1200_ALUOP_IMM;
	    
	    // l.bnf
	    `OR1200_OR32_BNF:
	      alu_op <=  `OR1200_ALUOP_NOP;
	    
	    // l.bf
	    `OR1200_OR32_BF:
	      alu_op <=  `OR1200_ALUOP_NOP;
	    
	    // l.movhi
	    `OR1200_OR32_MOVHI:
	      alu_op <=  `OR1200_ALUOP_MOVHI;
	    
	    // l.mfspr
	    `OR1200_OR32_MFSPR:
	      alu_op <=  `OR1200_ALUOP_MFSR;
	    
	    // l.mtspr
	    `OR1200_OR32_MTSPR:
	      alu_op <=  `OR1200_ALUOP_MTSR;
	    
	    // l.addi
	    `OR1200_OR32_ADDI:
	      alu_op <=  `OR1200_ALUOP_ADD;
	    
	    // l.addic
	    `OR1200_OR32_ADDIC:
	      alu_op <=  `OR1200_ALUOP_ADDC;
	    
	    // l.andi
	    `OR1200_OR32_ANDI:
	      alu_op <=  `OR1200_ALUOP_AND;
	    
	    // l.ori
	    `OR1200_OR32_ORI:
	      alu_op <=  `OR1200_ALUOP_OR;
	    
	    // l.xori
	    `OR1200_OR32_XORI:
	      alu_op <=  `OR1200_ALUOP_XOR;
	    
	    // l.muli

	    `OR1200_OR32_MULI:
	      alu_op <=  `OR1200_ALUOP_MUL;

	    
	    // Shift and rotate insns with immediate
	    `OR1200_OR32_SH_ROTI:
	      alu_op <=  `OR1200_ALUOP_SHROT;
	    
	    // SFXX insns with immediate
	    `OR1200_OR32_SFXXI:
	      alu_op <=  `OR1200_ALUOP_COMP;
	    
	    // ALU instructions except the one with immediate
	    `OR1200_OR32_ALU:
	      alu_op <=  id_insn[3:0];
	    
	    // SFXX instructions
	    `OR1200_OR32_SFXX:
	      alu_op <=  `OR1200_ALUOP_COMP;


	    // l.cust5 instructions
	    `OR1200_OR32_CUST5:
	      alu_op <=  `OR1200_ALUOP_CUST5;	    
	    // Default
	    default: begin
	      alu_op <=  `OR1200_ALUOP_NOP;
	    end
	      
	  endcase
	  
	end
end

//
// Decode of mac_op

always @(posedge clk ) begin
	if (rst)
		mac_op <=  `OR1200_MACOP_NOP;
	else if (!ex_freeze & id_freeze | flushpipe)
		mac_op <=  `OR1200_MACOP_NOP;
	else if (!ex_freeze)
	  case (id_insn[31:26])		// synopsys parallel_case

	    // l.maci
	    `OR1200_OR32_MACI:
	      mac_op <=  `OR1200_MACOP_MAC;

	    // l.nop
	    `OR1200_OR32_MACMSB:
	      mac_op <=  id_insn[1:0];

	    // Illegal and OR1200 unsupported instructions
	    default: begin
	      mac_op <=  `OR1200_MACOP_NOP;
	    end	      

	  endcase
	else
		mac_op <=  `OR1200_MACOP_NOP;
end

//
// Decode of shrot_op
//
always @(posedge clk ) begin
	if (rst)
		shrot_op <=  `OR1200_SHROTOP_NOP;
	else if (!ex_freeze & id_freeze | flushpipe)
		shrot_op <=  `OR1200_SHROTOP_NOP;
	else if (!ex_freeze) begin
		shrot_op <=  id_insn[7:6];
	end
end

//
// Decode of rfwb_op
//
always @(posedge clk ) begin
	if (rst)
		rfwb_op <=  `OR1200_RFWBOP_NOP;
	else  if (!ex_freeze & id_freeze | flushpipe)
		rfwb_op <=  `OR1200_RFWBOP_NOP;
	else  if (!ex_freeze) begin
		case (id_insn[31:26])		// synopsys parallel_case

		  // j.jal
		  `OR1200_OR32_JAL:
		    rfwb_op <=  `OR1200_RFWBOP_LR;
		  
		  // j.jalr
		  `OR1200_OR32_JALR:
		    rfwb_op <=  `OR1200_RFWBOP_LR;
		  
		  // l.movhi
		  `OR1200_OR32_MOVHI:
		    rfwb_op <=  `OR1200_RFWBOP_ALU;
		  
		  // l.mfspr
		  `OR1200_OR32_MFSPR:
		    rfwb_op <=  `OR1200_RFWBOP_SPRS;
		  
		  // l.lwz
		  `OR1200_OR32_LWZ:
		    rfwb_op <=  `OR1200_RFWBOP_LSU;
		  
		  // l.lbz
		  `OR1200_OR32_LBZ:
		    rfwb_op <=  `OR1200_RFWBOP_LSU;
		  
		  // l.lbs
		  `OR1200_OR32_LBS:
		    rfwb_op <=  `OR1200_RFWBOP_LSU;
		  
		  // l.lhz
		  `OR1200_OR32_LHZ:
		    rfwb_op <=  `OR1200_RFWBOP_LSU;
		  
		  // l.lhs
		  `OR1200_OR32_LHS:
		    rfwb_op <=  `OR1200_RFWBOP_LSU;
		  
		  // l.addi
		  `OR1200_OR32_ADDI:
		    rfwb_op <=  `OR1200_RFWBOP_ALU;
		  
		  // l.addic
		  `OR1200_OR32_ADDIC:
		    rfwb_op <=  `OR1200_RFWBOP_ALU;
		  
		  // l.andi
		  `OR1200_OR32_ANDI:
		    rfwb_op <=  `OR1200_RFWBOP_ALU;
		  
		  // l.ori
		  `OR1200_OR32_ORI:
		    rfwb_op <=  `OR1200_RFWBOP_ALU;
		  
		  // l.xori
		  `OR1200_OR32_XORI:
		    rfwb_op <=  `OR1200_RFWBOP_ALU;
		  
		  // l.muli

		  `OR1200_OR32_MULI:
		    rfwb_op <=  `OR1200_RFWBOP_ALU;

		  
		  // Shift and rotate insns with immediate
		  `OR1200_OR32_SH_ROTI:
		    rfwb_op <=  `OR1200_RFWBOP_ALU;
		  
		  // ALU instructions except the one with immediate
		  `OR1200_OR32_ALU:
		    rfwb_op <=  `OR1200_RFWBOP_ALU;


		  // l.cust5 instructions
		  `OR1200_OR32_CUST5:
		    rfwb_op <=  `OR1200_RFWBOP_ALU;


		  // Instructions w/o register-file write-back
		  default: begin
		    rfwb_op <=  `OR1200_RFWBOP_NOP;
		  end

		endcase
	end
end

//
// Decode of pre_branch_op
//
always @(posedge clk ) begin
	if (rst)
		pre_branch_op <=  `OR1200_BRANCHOP_NOP;
	else if (flushpipe)
		pre_branch_op <=  `OR1200_BRANCHOP_NOP;
	else if (!id_freeze) begin
		case (if_insn[31:26])		// synopsys parallel_case
		  
		  // l.j
		  `OR1200_OR32_J:
		    pre_branch_op <=  `OR1200_BRANCHOP_BAL;
		  
		  // j.jal
		  `OR1200_OR32_JAL:
		    pre_branch_op <=  `OR1200_BRANCHOP_BAL;
		  
		  // j.jalr
		  `OR1200_OR32_JALR:
		    pre_branch_op <=  `OR1200_BRANCHOP_JR;
		  
		  // l.jr
		  `OR1200_OR32_JR:
		    pre_branch_op <=  `OR1200_BRANCHOP_JR;
		  
		  // l.bnf
		  `OR1200_OR32_BNF:
		    pre_branch_op <=  `OR1200_BRANCHOP_BNF;
		  
		  // l.bf
		  `OR1200_OR32_BF:
		    pre_branch_op <=  `OR1200_BRANCHOP_BF;
		  
		  // l.rfe
		  `OR1200_OR32_RFE:
		    pre_branch_op <=  `OR1200_BRANCHOP_RFE;
		  
		  // Non branch instructions
		  default: begin
		    pre_branch_op <=  `OR1200_BRANCHOP_NOP;
		  end
		endcase
	end
end

//
// Generation of branch_op
//
always @(posedge clk )
	if (rst)
		branch_op <=  `OR1200_BRANCHOP_NOP;
	else if (!ex_freeze & id_freeze | flushpipe)
		branch_op <=  `OR1200_BRANCHOP_NOP;		
	else if (!ex_freeze)
		branch_op <=  pre_branch_op;

//
// Decode of lsu_op
//
always @(posedge clk ) begin
	if (rst)
		lsu_op <=  `OR1200_LSUOP_NOP;
	else if (!ex_freeze & id_freeze | flushpipe)
		lsu_op <=  `OR1200_LSUOP_NOP;
	else if (!ex_freeze)  begin
	  case (id_insn[31:26])		// synopsys parallel_case
	    
	    // l.lwz
	    `OR1200_OR32_LWZ:
	      lsu_op <=  `OR1200_LSUOP_LWZ;
	    
	    // l.lbz
	    `OR1200_OR32_LBZ:
	      lsu_op <=  `OR1200_LSUOP_LBZ;
	    
	    // l.lbs
	    `OR1200_OR32_LBS:
	      lsu_op <=  `OR1200_LSUOP_LBS;
	    
	    // l.lhz
	    `OR1200_OR32_LHZ:
	      lsu_op <=  `OR1200_LSUOP_LHZ;
	    
	    // l.lhs
	    `OR1200_OR32_LHS:
	      lsu_op <=  `OR1200_LSUOP_LHS;
	    
	    // l.sw
	    `OR1200_OR32_SW:
	      lsu_op <=  `OR1200_LSUOP_SW;
	    
	    // l.sb
	    `OR1200_OR32_SB:
	      lsu_op <=  `OR1200_LSUOP_SB;
	    
	    // l.sh
	    `OR1200_OR32_SH:
	      lsu_op <=  `OR1200_LSUOP_SH;
	    
	    // Non load/store instructions
	    default: begin
	      lsu_op <=  `OR1200_LSUOP_NOP;
	    end
	  endcase
	end
end

//
// Decode of comp_op
//
always @(posedge clk ) begin
	if (rst) begin
		comp_op <=  4'b0000;
	end else if (!ex_freeze & id_freeze | flushpipe)
		comp_op <=  4'b0000;
	else if (!ex_freeze)
		comp_op <=  id_insn[24:21];
end

//
// Decode of l.sys
//
always @(posedge clk ) begin
	if (rst)
		sig_syscall <=  1'b0;
	else if (!ex_freeze & id_freeze | flushpipe)
		sig_syscall <=  1'b0;
	else if (!ex_freeze) begin

		sig_syscall <=  (id_insn[31:23] == {`OR1200_OR32_XSYNC, 3'b000});
	end
end

//
// Decode of l.trap
//
always @(posedge clk ) begin
	if (rst)
		sig_trap <=  1'b0;
	else if (!ex_freeze & id_freeze | flushpipe)
		sig_trap <=  1'b0;
	else if (!ex_freeze) begin

		sig_trap <=  (id_insn[31:23] == {`OR1200_OR32_XSYNC, 3'b010})
			| du_hwbkpt;
	end
end

endmodule